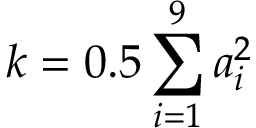
k = 0 . 5 \sum _ { i = 1 } ^ { 9 } a _ { i } ^ { 2 }